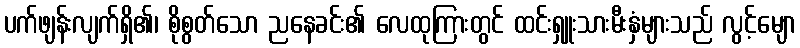
ပက်ဖျန်းလျက်ရှိ၏၊ စိုစွတ်သော ညနေခင်း၏ လေထုကြားတွင် ထင်းရှူးသားမီးနှံများသည် လွင့်မျော